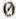
0